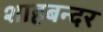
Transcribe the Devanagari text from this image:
शाहबन्दर